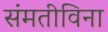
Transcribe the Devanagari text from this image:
संमतीविना